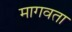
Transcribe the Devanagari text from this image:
मागवता